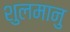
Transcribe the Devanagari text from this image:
शुलमानु